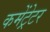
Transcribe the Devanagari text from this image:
कमेंट्रेटर